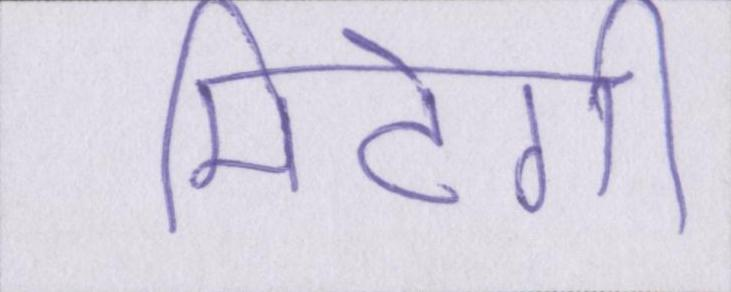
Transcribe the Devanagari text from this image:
मिटेगी